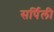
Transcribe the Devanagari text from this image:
सर्पिली